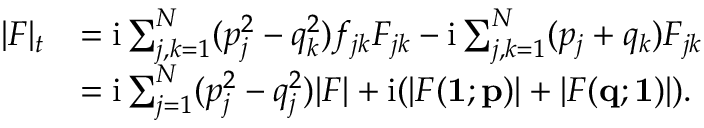
\begin{array} { r l } { | F | _ { t } } & { = \mathrm { i } \sum _ { j , k = 1 } ^ { N } ( p _ { j } ^ { 2 } - q _ { k } ^ { 2 } ) f _ { j k } F _ { j k } - \mathrm { i } \sum _ { j , k = 1 } ^ { N } ( p _ { j } + q _ { k } ) F _ { j k } } \\ & { = \mathrm { i } \sum _ { j = 1 } ^ { N } ( p _ { j } ^ { 2 } - q _ { j } ^ { 2 } ) | F | + \mathrm { i } ( | F ( { \bf 1 } ; { \bf p } ) | + | F ( { \bf q } ; { \bf 1 } ) | ) . } \end{array}